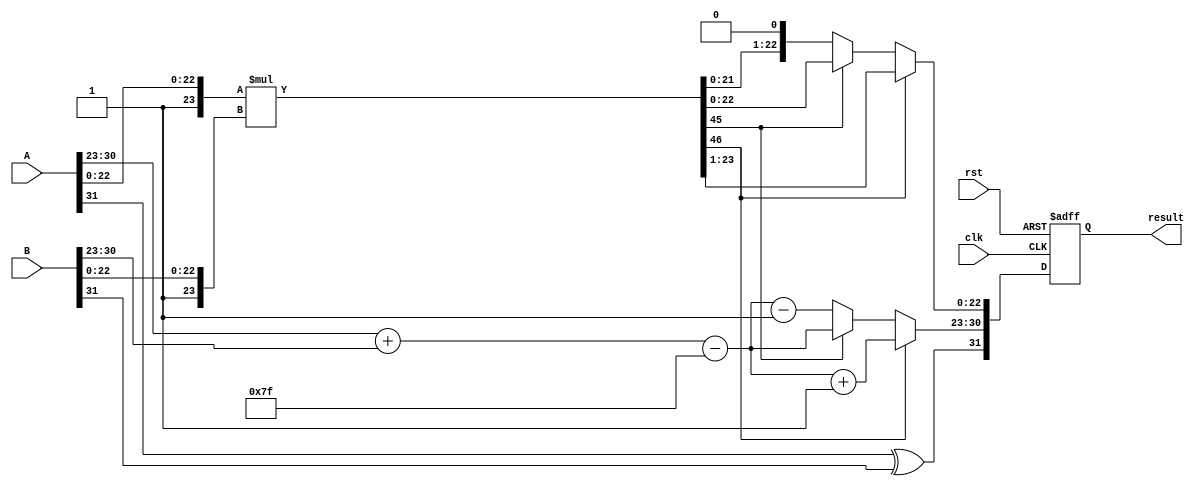
module radix4_fp_multiplier #(
    parameter E = 8, // Number of exponent bits
    parameter M = 23 // Number of mantissa bits
)(
    input wire clk,
    input wire rst,
    input wire [E + M:0] A, // IEEE 754 floating-point input A
    input wire [E + M:0] B, // IEEE 754 floating-point input B
    output reg [E + M:0] result // IEEE 754 floating-point output
);

    // Constants
    localparam BIAS = (1 << (E - 1)) - 1;

    // Internal signals
    wire sign_A = A[E + M];
    wire sign_B = B[E + M];
    wire [E - 1:0] exponent_A = A[E + M - 1:E + M - E];
    wire [E - 1:0] exponent_B = B[E + M - 1:E + M - E];
    wire [M:0] mantissa_A = {1'b1, A[M - 1:0]}; // Implicit leading 1
    wire [M:0] mantissa_B = {1'b1, B[M - 1:0]}; // Implicit leading 1

    reg [E - 1:0] result_exponent;
    reg [M + M:0] product_mantissa; // To hold the product of mantissas
    reg result_sign;

    // Normalize mantissas and calculate product
    always @(posedge clk or posedge rst) begin
        if (rst) begin
            result <= 0;
        end else begin
            // Calculate the product of mantissas using radix-4
            product_mantissa = mantissa_A * mantissa_B; // Simple multiplication for illustration

            // Calculate the resulting exponent
            result_exponent = exponent_A + exponent_B - BIAS;

            // Calculate the resulting sign
            result_sign = sign_A ^ sign_B;

            // Normalize the product mantissa
            if (product_mantissa[M + M] == 1) begin
                // Shift right if the product is >= 2.0
                product_mantissa = product_mantissa >> 1;
                result_exponent = result_exponent + 1;
            end else if (product_mantissa[M + M - 1] == 1) begin
                // Already in range [1.0, 2.0)
                // No action needed
            end else begin
                // Shift left if the product is < 1.0
                product_mantissa = product_mantissa << 1;
                result_exponent = result_exponent - 1;
            end

            // Assemble the result
            result = {result_sign, result_exponent, product_mantissa[M - 1:0]};
        end
    end

endmodule